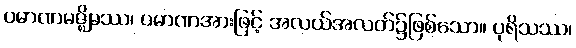
ပမာဏမဇ္ဈိမဿ၊ ပမာဏအားဖြင့် အလယ်အလတ်၌ဖြစ်သော။ ပုရိသဿ၊